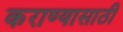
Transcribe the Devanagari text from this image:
कराण्यासाठी